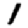
Digit: 1